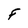
Character: F